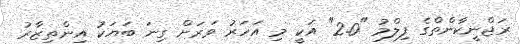
ރަޖްނީކާންތްގެ ފިލްމު "2.0" އަކީ މި އަހަރު ވަރަށް ގިނަ ބަޔަކު އިންތިޒާރު